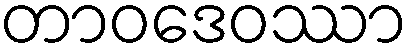
တာဝဒေဝဿာ